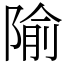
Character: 隃